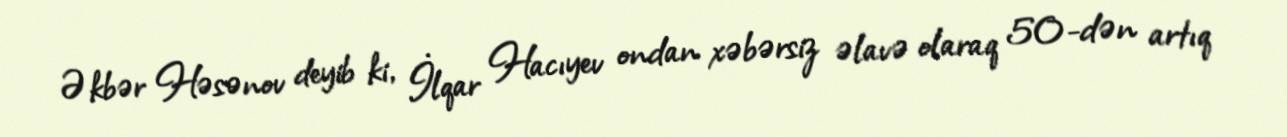
Əkbər Həsənov deyib ki, İlqar Hacıyev ondan xəbərsiz əlavə olaraq 50-dən artıq